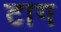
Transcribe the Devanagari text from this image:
टाग